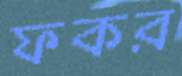
ফকর